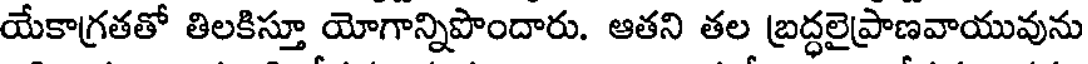
యేకాగ్రతతో తిలకిస్తూ యోగాన్నిపొందారు. ఆతని తల బ్రద్ధలైప్రాణవాయువును